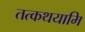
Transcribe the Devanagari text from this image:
तत्कथयामि